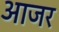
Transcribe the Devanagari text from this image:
आजर